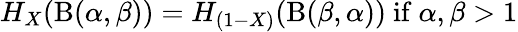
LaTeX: H_{X}(\mathrm{B}(\alpha,\beta))=H_{(1-X)}(\mathrm{B}(\beta,\alpha)){\mathrm{~if~}}\alpha,\beta>1